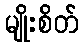
မျိုးစိတ်